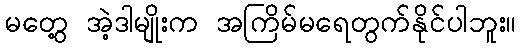
မတွေ့ အဲ့ဒါမျိုးက အကြိမ်မရေတွက်နိုင်ပါဘူး။